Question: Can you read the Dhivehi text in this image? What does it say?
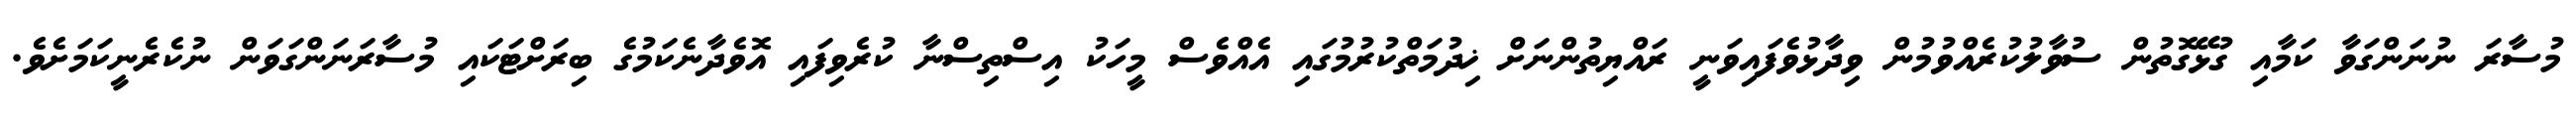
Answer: މުސާރަ ނުނަންގަވާ ކަމާއި ގުޅޭގޮތުން ސުވާލުކުރެއްވުމުން ވިދާޅުވެފައިވަނީ ރައްޔިތުންނަށް ޚިދުމަތްކުރުމުގައި އެއްވެސް މީހަކު އިސްތިސްނާ ކުރެވިފައި އޮވެދާނެކަމުގެ ބިރަށްޓަކައި މުސާރަނަންގަވަން ނުކެރެނީކަމަށެވެ.